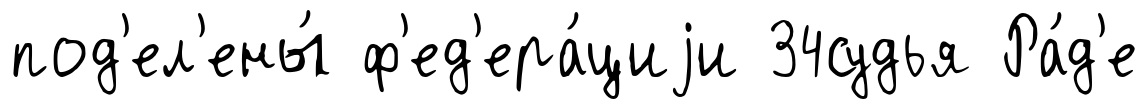
под'ел'ены́ ф'ед'ера́циjи 34судья Ра́д'е